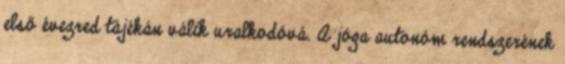
első évezred tájékán válik uralkodóvá. A jóga autonóm rendszerének